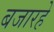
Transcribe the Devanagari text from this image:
बजारहे